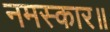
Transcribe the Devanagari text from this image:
नमस्कार॥